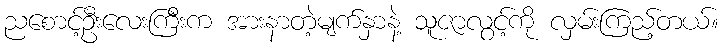
ညစောင့်ဦးလေးကြီးက အားနာတဲ့မျက်နှာနဲ့ သူဇာလွင့်ကို လှမ်းကြည့်တယ်။